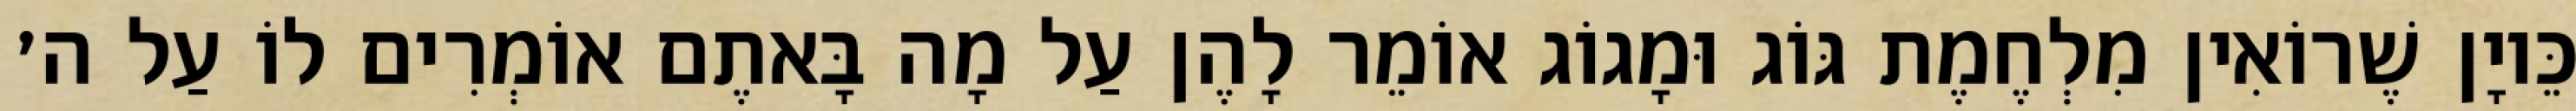
כֵּיוָן שֶׁרוֹאִין מִלְחֶמֶת גּוֹג וּמָגוֹג אוֹמֵר לָהֶן עַל מָה בָּאתֶם אוֹמְרִים לוֹ עַל ה׳